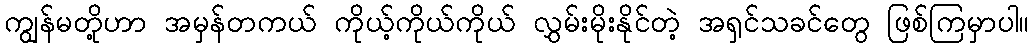
ကျွန်မတို့ဟာ အမှန်တကယ် ကိုယ့်ကိုယ်ကိုယ် လွှမ်းမိုးနိုင်တဲ့ အရှင်သခင်တွေ ဖြစ်ကြမှာပါ။